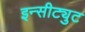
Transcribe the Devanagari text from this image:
इन्सीट्युट